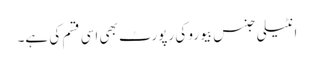
انٹیلی جنس بیورو کی رپورٹ بھی اسی قسم کی ہے۔